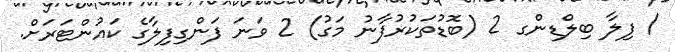
/ ފިލާ ބިލްޑިންގ 2 (ބޮޑުތަކުރުފާނު މަގު) 2 ވަނަ ފަންގިފިލާގެ ކައުންޓަރަށް.